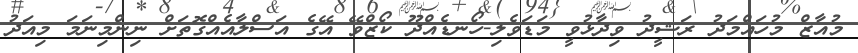
މުއާޒް މުހައްމަދު ރަޝީދު ވިދާޅުވީ މަޑަވެލި-ހޯނޑެއްދޫ ކޯޒްވޭ އޭގެ އަސްލާއެއްގޮތަށް ނިންމިނަމަ މިއަދު